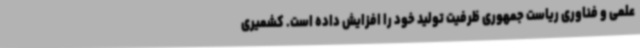
علمی و فناوری ریاست جمهوری ظرفیت تولید خود را افزایش داده است. کشمیری